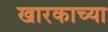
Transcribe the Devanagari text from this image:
खारकाच्या